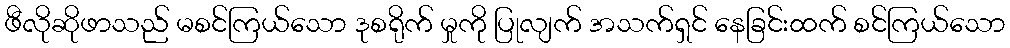
ဖီလိုဆိုဖာသည် မစင်ကြယ်သော ဒုစရိုက် မှုကို ပြုလျက် အသက်ရှင် နေခြင်းထက် စင်ကြယ်သော